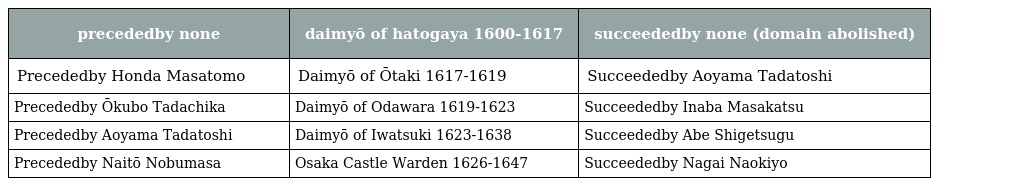
| precededby none | daimyō of hatogaya 1600-1617 | succeededby none (domain abolished) |
 | --- | --- | --- |
 | Precededby Honda Masatomo | Daimyō of Ōtaki 1617-1619 | Succeededby Aoyama Tadatoshi |
 | Precededby Ōkubo Tadachika | Daimyō of Odawara 1619-1623 | Succeededby Inaba Masakatsu |
 | Precededby Aoyama Tadatoshi | Daimyō of Iwatsuki 1623-1638 | Succeededby Abe Shigetsugu |
 | Precededby Naitō Nobumasa | Osaka Castle Warden 1626-1647 | Succeededby Nagai Naokiyo |